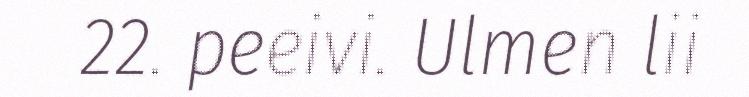
22. peeivi. Ulmen lii